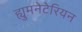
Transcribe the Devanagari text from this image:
ह्युमनेटेरियन